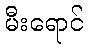
မီးရောင်